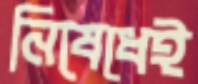
নিষেধেই